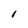
Character: I